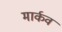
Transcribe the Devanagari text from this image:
मार्कव